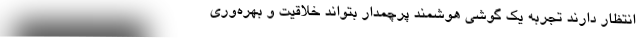
انتظار دارند تجربه یک گوشی هوشمند پرچمدار بتواند خلاقیت و بهره‌وری